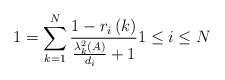
\begin{align*}1=\sum_{k=1}^{N}\frac{1-r_{i}\left( k\right) }{\frac{\lambda_{k}^{2}(A)}{d_{i}}+1}1\leq i\leq N \end{align*}